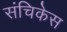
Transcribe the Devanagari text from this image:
संचिकेस